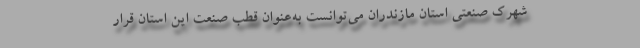
شهرک صنعتی استان مازندران می‌توانست به‌عنوان قطب صنعت این استان قرار